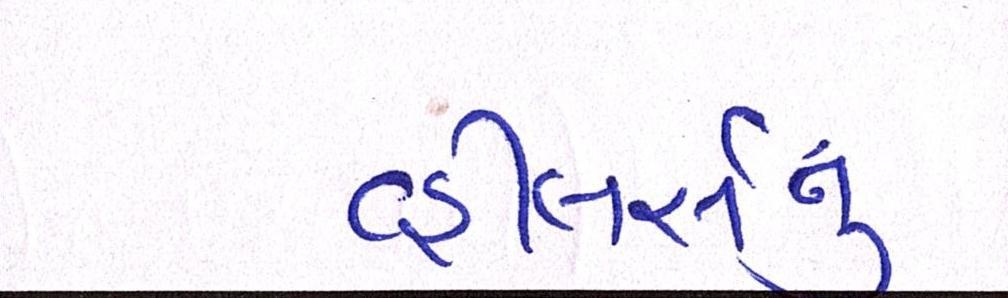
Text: વ્હીલર્સનું